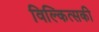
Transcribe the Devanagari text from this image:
विल्कित्सकी